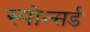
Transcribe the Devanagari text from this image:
स्पोन्सर्ड